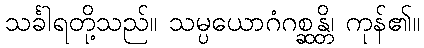
သင်္ခါရတို့သည်။ သမ္ပယောဂံဂစ္ဆန္တိ၊ ကုန်၏။